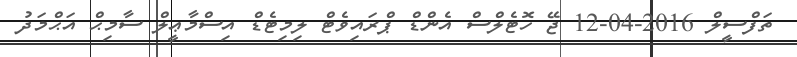
ތަފްސީލް 2016-04-12 ޖޭ ހޮޓެލްސް އެންޑް ޕްރައިވެޓް ލިމިޓެޑް އިސްމާޢީލް ސާމިޙް އަޙްމަދު